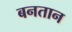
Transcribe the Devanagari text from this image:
बनतान